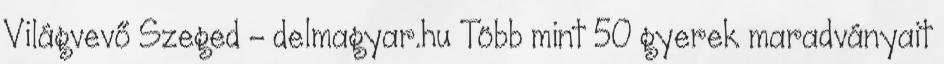
Világvevő Szeged - delmagyar.hu Több mint 50 gyerek maradványait